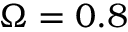
\Omega = 0 . 8